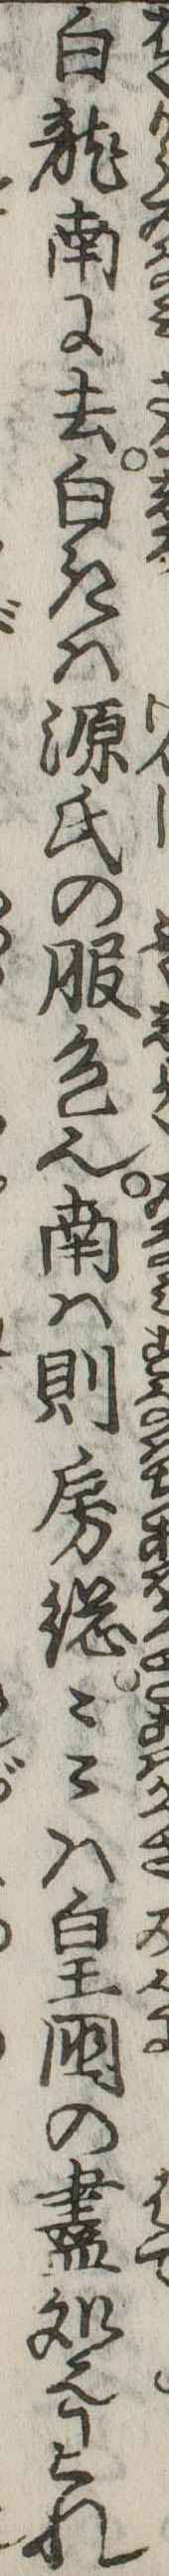
白竜南に去白きは源氏の服色也南は則房総々々は皇国の尽処也われ